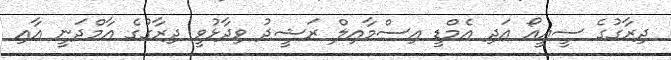
ދިރާގުގެ ސީއީއޯ އަދި އެމްޑީ އިސްމާއިލް ރަޝީދު ވިދާޅުވީ ދިރާގުގެ އާމްދަނީ އާއި